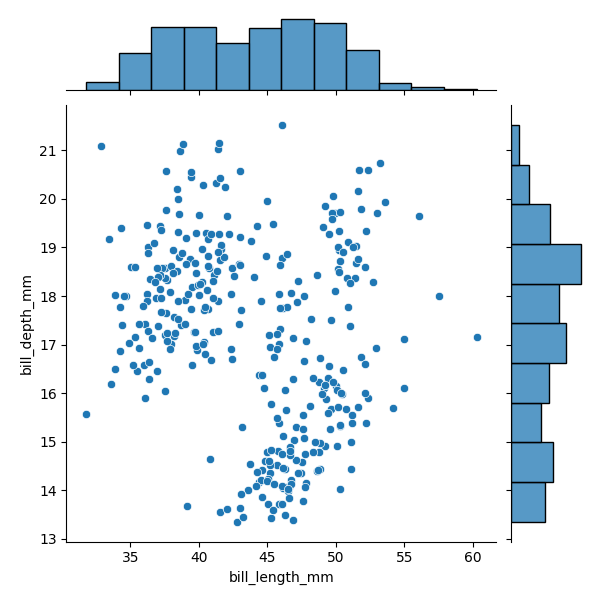
python, seaborn, JointGrid, scatterplot, histplot